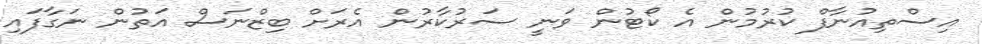
އިސްތިއުނާފް ކުރުމުން އެ ކޯޓުން ވަނީ ސަރުކާރުން އެރަށް ބިޒްނަސް އަތުން ނަގާފައި